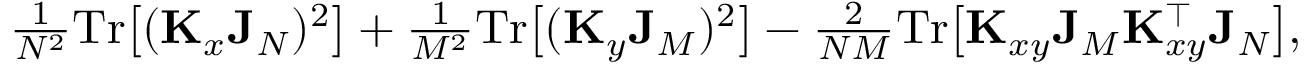
\begin{array} { r } { \frac { 1 } { N ^ { 2 } } \mathrm { T r } \big [ ( \mathbf K _ { x } \mathbf J _ { N } ) ^ { 2 } \big ] + \frac { 1 } { M ^ { 2 } } \mathrm { T r } \big [ ( \mathbf K _ { y } \mathbf J _ { M } ) ^ { 2 } \big ] - \frac { 2 } { N M } \mathrm { T r } \big [ \mathbf K _ { x y } \mathbf J _ { M } \mathbf K _ { x y } ^ { \top } \mathbf J _ { N } \big ] , } \end{array}